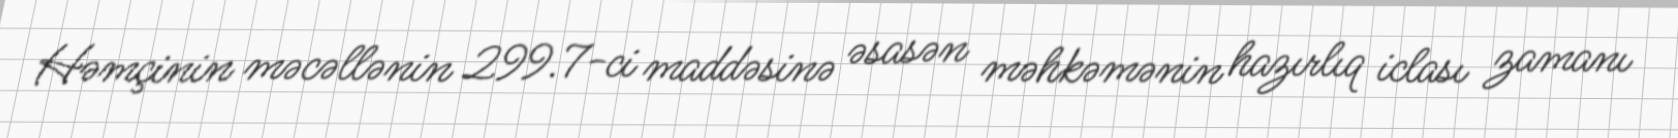
Həmçinin məcəllənin 299.7-ci maddəsinə əsasən məhkəmənin hazırlıq iclası zamanı